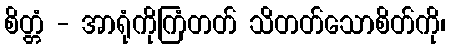
စိတ္တံ - အာရုံကိုကြံတတ် သိတတ်သောစိတ်ကို၊